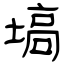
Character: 塙